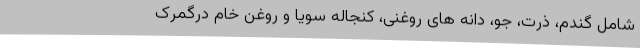
شامل گندم، ذرت، جو، دانه های روغنی، کنجاله سویا و روغن خام درگمرک